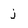
Character: j